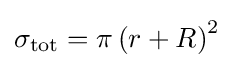
\sigma _{\text{tot}}=\pi \left(r+R\right)^{2}